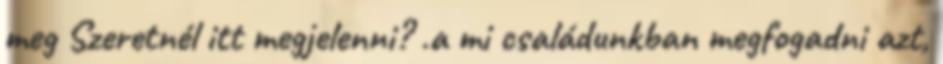
meg Szeretnél itt megjelenni? .a mi családunkban megfogadni azt,